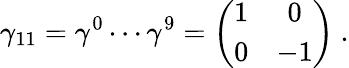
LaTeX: \gamma_{11}=\gamma^{0}\cdots\gamma^{9}=\left(\begin{array}{cc}{{1}}&{{0}}\\ {{0}}&{{-1}}\end{array}\right)\ .